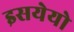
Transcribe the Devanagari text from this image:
इसयेयो